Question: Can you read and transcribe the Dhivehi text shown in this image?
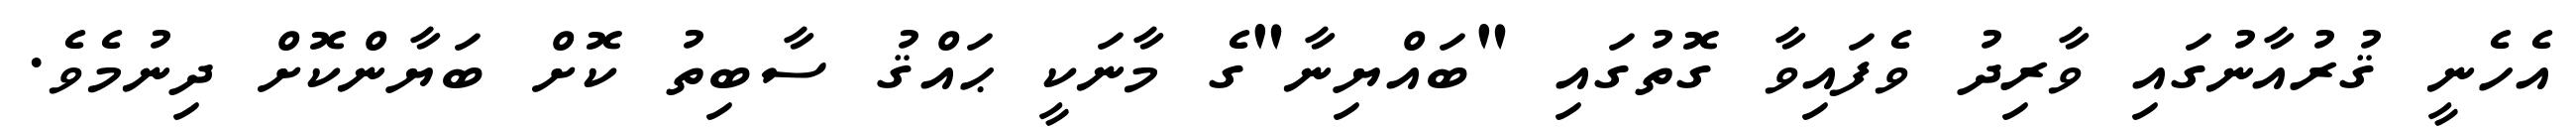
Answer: އެހެނީ ޤުރުއާނުގައި ވާރިދު ވެފައިވާ ގޮތުގައި "ބައްޔިނާ"ގެ މާނަކީ ޙައްޤު ސާބިތު ކޮށް ބަޔާންކޮށް ދިނުމެވެ.